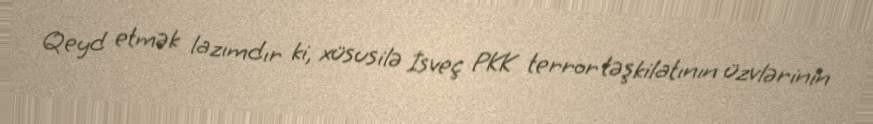
Qeyd etmək lazımdır ki, xüsusilə İsveç PKK terror təşkilatının üzvlərinin